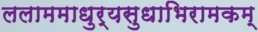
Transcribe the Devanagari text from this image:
ललाममाधुर्यसुधाभिरामकम्